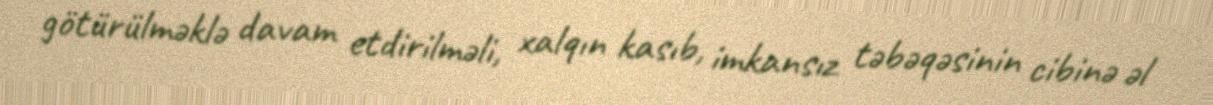
götürülməklə davam etdirilməli, xalqın kasıb, imkansız təbəqəsinin cibinə əl